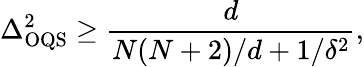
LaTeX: \Delta_{\mathrm{OQS}}^{2}\geq\frac{d}{N(N+2)/d+1/\delta^{2}},